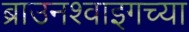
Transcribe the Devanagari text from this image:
ब्राउनश्वाइगच्या